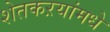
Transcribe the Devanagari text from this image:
शेतकऱयांमधे